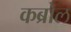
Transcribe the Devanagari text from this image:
कब्रोल